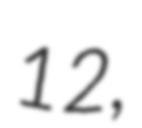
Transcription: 12,